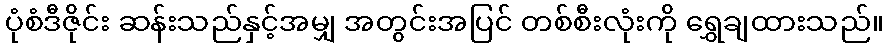
ပုံစံဒီဇိုင်း ဆန်းသည်နှင့်အမျှ အတွင်းအပြင် တစ်စီးလုံးကို ရွှေချထားသည်။